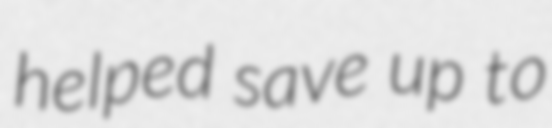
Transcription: helped save up to